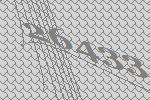
26433